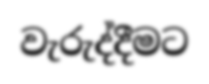
වැරුද්දීමට